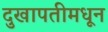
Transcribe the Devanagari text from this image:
दुखापतीमधून